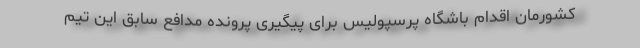
کشورمان اقدام باشگاه پرسپولیس برای پیگیری پرونده مدافع سابق این تیم